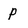
Character: P